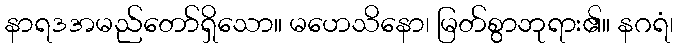
နာရဒအမည်တော်ရှိသော။ မဟေသိနော၊ မြတ်စွာဘုရား၏။ နဂရံ၊